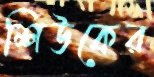
শিউকের